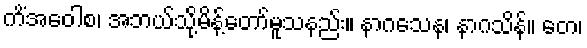
ကိံအဝေါစ၊ အဘယ်သို့မိန့်တော်မူသနည်း။ နာဂသေန၊ နာဂသိန်။ တေ၊